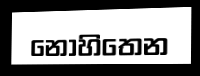
නොහිතෙන